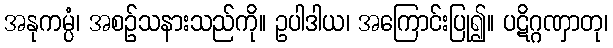
အနုကမ္ပံ၊ အစဉ်သနားသည်ကို။ ဥပါဒါယ၊ အကြောင်းပြု၍။ ပဋိဂ္ဂဏှာတု၊